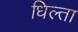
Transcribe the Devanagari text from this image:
धिल्ता